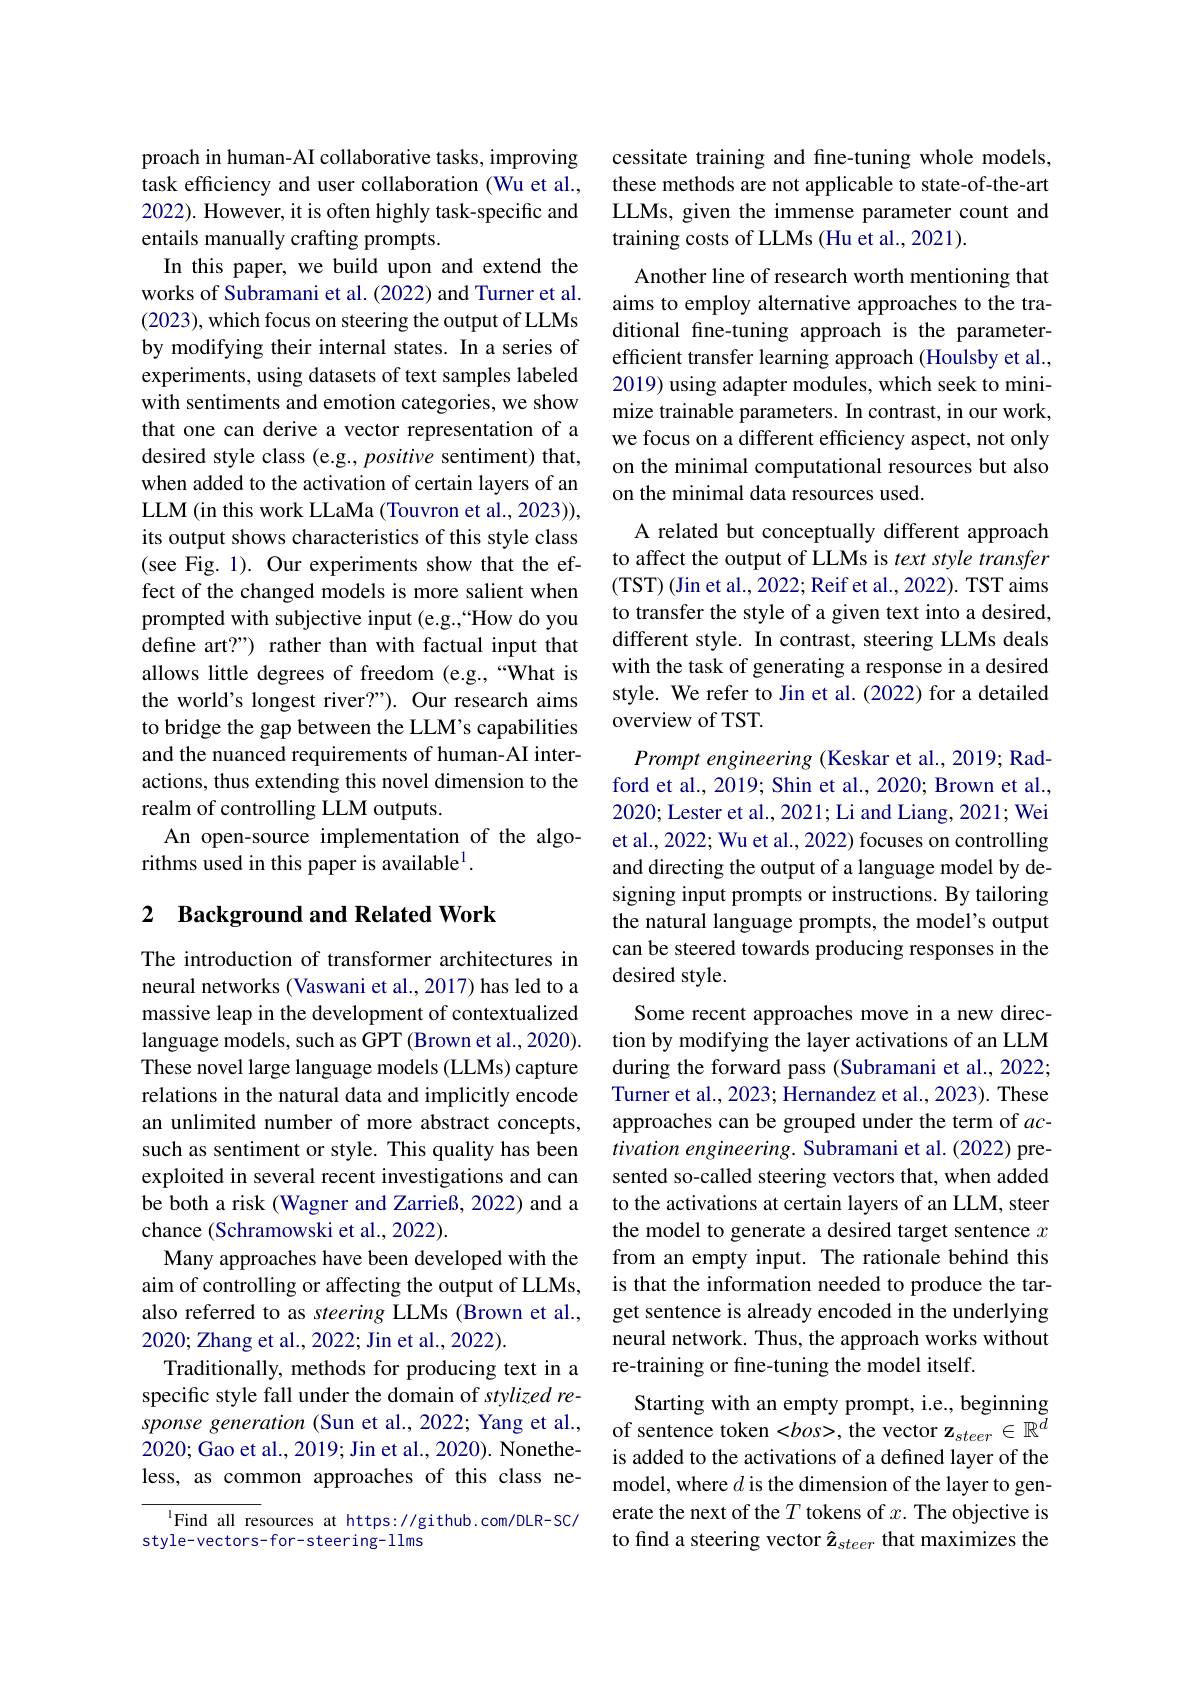
proach in human-AI collaborative tasks, improving task efficiency and user collaboration (Wu et al., 2022). However, it is often highly task-specific and entails manually crafting prompts.
In this paper, we build upon and extend the works of Subramani et al. (2022) and Turner et al. (2023),which focus on steering the output of LLMs by modifying their internal states. In a series of experiments, using datasets of text samples labeled with sentiments and emotion categories, we show that one can derive a vector representation of a desired style class (e.g., positive sentiment) that, when added to the activation of certain layers of an LLM (in this work LLaMa (Touvron et al., 2023)), its output shows characteristics of this style class (see Fig. 1). Our experiments show that the effect of the changed models is more salient when prompted with subjective input (e.g.,“How do you define art?") rather than with factual input that allows little degrees of freedom (e.g.,“What is the world's longest river?"). Our research aims to bridge the gap between the LLM's capabilities and the nuanced requirements of human-AI interactions, thus extending this novel dimension to the realm of controlling LLM outputs.
An open-source implementation of the algo-
rithms used in this paper is available$^1.$

## 2 Background and Related Work

The introduction of transformer architectures in neural networks (Vaswani et al., 2017) has led to a massive leap in the development of contextualized $\hat{\text{language models, such as GPT(Brown et al., 2020)}}.$ These novel large language models (LLMs) capture relations in the natural data and implicitly encode an unlimited number of more abstract concepts, such as sentiment or style. This quality has been exploited in several recent investigations and can be both a risk (Wagner and Zarrieß, 2022) and a chance (Schramowski et al., 2022).
Many approaches have been developed with the aim of controlling or affecting the output of LLMs, also referred to as steering LLMs (Brown et al., 2020; Zhang et al., 2022; Jin et al., 2022).
Traditionally, methods for producing text in a specific style fall under the domain of stylized response generation (Sun et al., 2022; Yang et al., 2020; Gao et al., 2019; Jin et al., 2020). Nonetheless, as common approaches of this class ne-

$^{1}$Find all resources at https://github.com/DLR-SC/
style-vectors-for-steering-1lms

cessitate training and fine-tuning whole models, these methods are not applicable to state-of-the-art LLMs, given the immense parameter count and training costs of LLMs (Hu et al., 2021).

Another line of research worth mentioning that aims to employ alternative approaches to the traditional fine-tuning approach is the parameterefficient transfer learning approach (Houlsby et al., 2019) using adapter modules, which seek to minimize trainable parameters. In contrast, in our work, we focus on a different efficiency aspect, not only on the minimal computational resources but also on the minimal data resources used.

A related but conceptually different approach to affect the output of LLMs is text style transfer (TST) (Jin et al., 2022; Reif et al., 2022). TST aims to transfer the style of a given text into a desired, different style. In contrast, steering LLMs deals with the task of generating a response in a desired style. We refer to Jin et al.(2022) for a detailed overview of TST.
Prompt engineering ( Keskar et al., 2019; Radford et al., 2019; Shin et al., 2020; Brown et al., 2020; Lester et al., 2021; Li and Liang, 2021; Wei et al., 2022; Wu et al., 2022) focuses on controlling and directing the output of a language model by designing input prompts or instructions. By tailoring the natural language prompts, the model's output can be steered towards producing responses in the desired style.
Some recent approaches move in a new direction by modifying the layer activations of an LLM during the forward pass (Subramani et al., 2022; Turner et al., 2023; Hernandez et al., 2023). These approaches can be grouped under the term of $ac-$ tivation engineering. Subramani et al. (2022) presented so-called steering vectors that, when added to the activations at certain layers of an LLM, steer the model to generate a desired target sentence $x$ from an empty input. The rationale behind this is that the information needed to produce the target sentence is already encoded in the underlying neural network. Thus, the approach works without re-training or fine-tuning the model itself.
Starting with an empty prompt, i.e., beginning of sentence token <bos>, the vector z$_steer\in\mathbb{R}^d$ is added to the activations of a defined layer of the model, where $d$ is the dimension of the layer to generate the next of the $T$ tokens of $x.$ The objective is to find a steering vector $\hat{\mathbf{z}}_{steer}$ that maximizes the